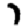
Digit: 7